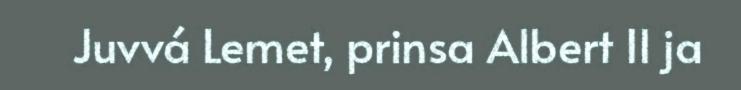
Juvvá Lemet, prinsa Albert II ja